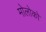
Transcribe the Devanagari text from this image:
मोलोको